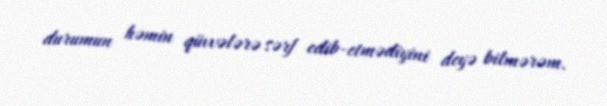
durumun həmin qüvvələrə sərf edib-etmədiyini deyə bilmərəm.